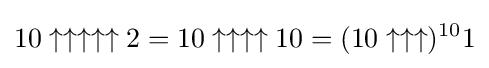
10\uparrow \uparrow \uparrow \uparrow \uparrow 2=10\uparrow \uparrow \uparrow \uparrow 10=(10\uparrow \uparrow \uparrow )^{10}1